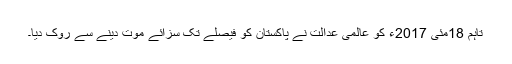
تاہم 18مئی 2017ء کو عالمی عدالت نے پاکستان کو فیصلے تک سزائے موت دینے سے روک دیا۔